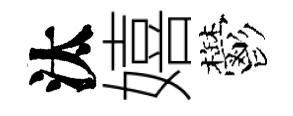
汰嬉鬱